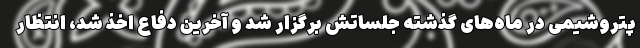
پتروشیمی در ماه‌های گذشته جلساتش برگزار شد و آخرین دفاع اخذ شد، انتظار